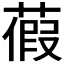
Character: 𦹜